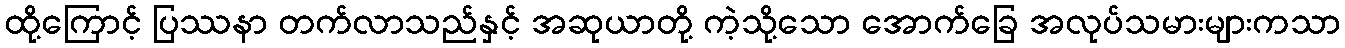
ထို့ကြောင့် ပြဿနာ တက်လာသည်နှင့် အဆုယာတို့ ကဲ့သို့သော အောက်ခြေ အလုပ်သမားများကသာ